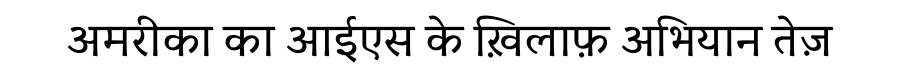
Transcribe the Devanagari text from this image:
अमरीका का आईएस के ख़िलाफ़ अभियान तेज़